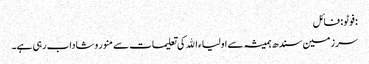
:فوٹو : فائل
سرزمین سندھ ہمیشہ سے اولیاء اﷲ کی تعلیمات سے منور وشاداب رہی ہے۔